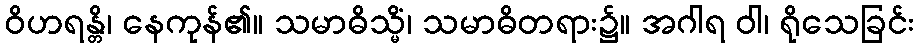
ဝိဟရန္တိ၊ နေကုန်၏။ သမာဓိသ္မိံ၊ သမာဓိတရား၌။ အဂါရ ဝါ၊ ရိုသေခြင်း